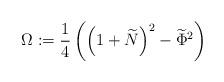
LaTeX: \begin{align*}{\Omega}&:=\frac{1}{4}\left(\left(1+\widetilde{N}\right)^{2}-\widetilde{\Phi}^{2}\right)\end{align*}